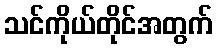
သင်ကိုယ်တိုင်အတွက်